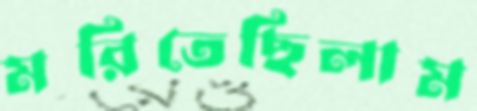
মরিতেছিলাম